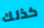
كذلك